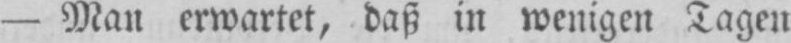
- Man erwartet, daß in wenigen Tagen